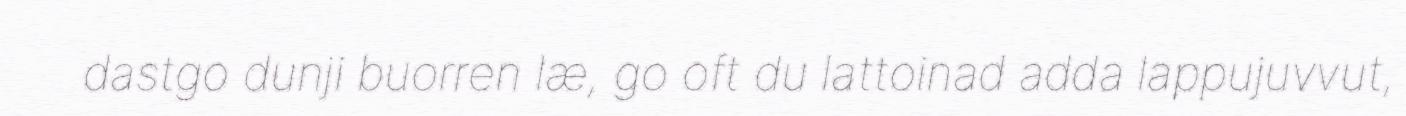
dastgo dunji buorren læ, go oft du lattoinad adda lappujuvvut,